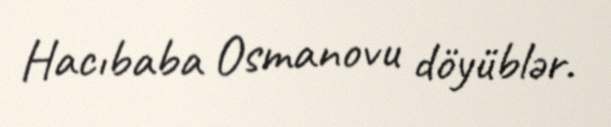
Hacıbaba Osmanovu döyüblər.